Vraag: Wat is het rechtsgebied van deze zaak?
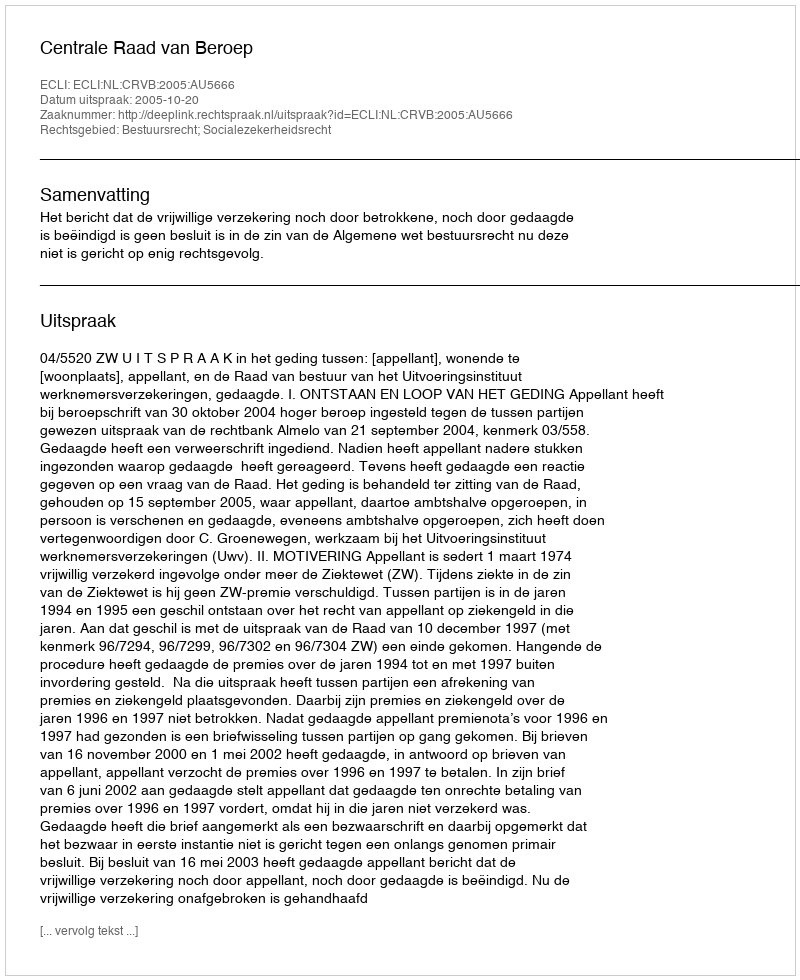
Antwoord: Bestuursrecht; Socialezekerheidsrecht